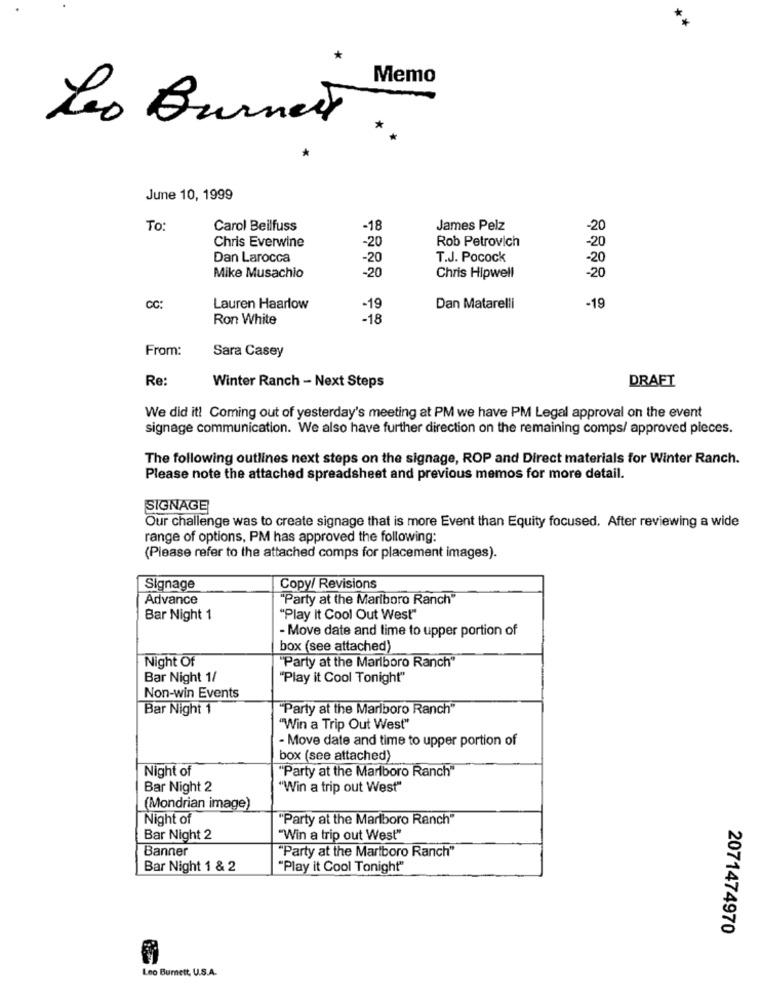
Memo
Leo Burnett
June 10, 1999
To:
Carol Beilfuss
-18
James Pelz
-20
Chris Everwine
Rob Petrovich
-20
-20
Dan Larocca
-20
T.J. Pocock
-20
Mike Musachio
-20
Chris Hipwell
-20
CC:
Lauren Haarlow
-19
Dan Matarelli
-19
Ron White
-18
From:
Sara Casey
Re:
DRAFT
Winter Ranch - Next Steps
We did it! Coming out of yesterday's meeting at PM we have PM Legal approval on the event
signage communication. We also have further direction on the remaining comps/ approved pieces.
The following outlines next steps on the signage, ROP and Direct materials for Winter Ranch.
Please note the attached spreadsheet and previous memos for more detail.
SIGNAGE
Our challenge was to create signage that is more Event than Equity focused. After reviewing a wide
range of options, PM has approved the following:
(Please refer to the attached comps for placement images).
Signage
Copy/ Revisions
Advance
"Party at the Mariboro Ranch"
Bar Night 1
"Play It Cool Out West"
- Move date and time to upper portion of
box (see attached)
Night Of
"Party at the Marlboro Ranch"
Bar Night 1/
"Play it Cool Tonight"
Non-win Events
Bar Night 1
"Party at the Marlboro Ranch"
"Win a Trip Out West"
- Move date and time to upper portion of
box (see attached)
Night of
"Party at the Marlboro Ranch"
Bar Night 2
"Win a trip out West"
(Mondrian image)
Night of
"Party at the Marlboro Ranch"
Bar Night 2
"Win a trip out West"
Banner
"Party at the Marlboro Ranch"
Bar Night 1 & 2
"Play it Cool Tonight"
2071474970
Leo Burnett, U.S.A.